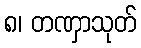
၈၊ တဏှာသုတ်